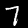
Digit: 7